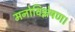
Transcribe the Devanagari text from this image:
मनोविश्लेषण।